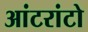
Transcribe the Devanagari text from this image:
आंटरांटो